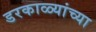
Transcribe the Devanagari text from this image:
डरकाळ्यांच्या